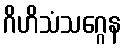
ဂိဟိသံသဂ္ဂေန